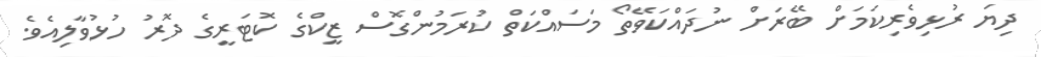
ދިޔަ ރުޅިވެރިކަމަށް ބޭރަށް ނުދައްކަވޭތޯ މަސައްކަތް ކުރަމުންގޮސް ޒީކްގެ ކޮޓަރީގެ ދޮރު ހުޅުވާލިއެވެ.